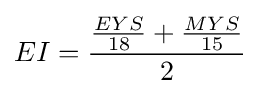
EI={\frac {{\frac {EYS}{18}}+{\frac {MYS}{15}}}{2}}